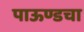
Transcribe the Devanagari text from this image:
पाऊण्डचा